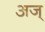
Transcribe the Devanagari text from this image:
अज्